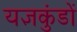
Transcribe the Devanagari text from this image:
यज्ञकुंडों